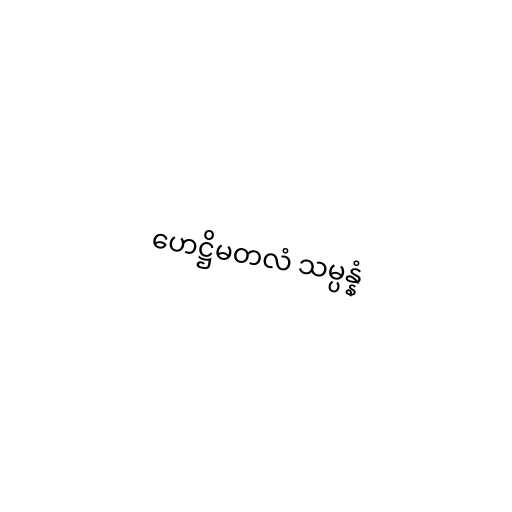
ဟေဋ္ဌိမတလံ သမ္ပန္နံ